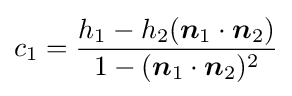
c_{1}={\frac {h_{1}-h_{2}({\boldsymbol {n}}_{1}\cdot {\boldsymbol {n}}_{2})}{1-({\boldsymbol {n}}_{1}\cdot {\boldsymbol {n}}_{2})^{2}}}